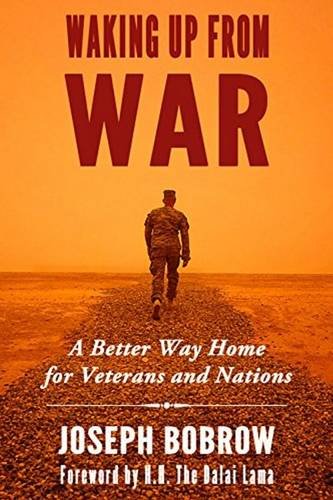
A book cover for Waking Up from War: A Better Way Home for Veterans and Nations; Joseph Bobrow; Parenting & Relationships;